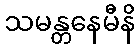
သမန္တနေမီနိ